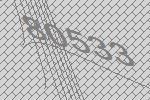
80533